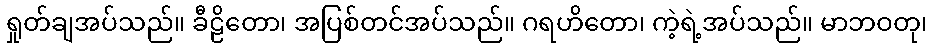
ရှုတ်ချအပ်သည်။ ခီဠိတော၊ အပြစ်တင်အပ်သည်။ ဂရဟိတော၊ ကဲ့ရဲ့အပ်သည်။ မာဘဝတု၊